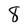
Character: 8